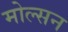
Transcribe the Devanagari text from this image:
मोल्सन